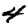
Digit: 4